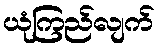
ယုံကြည်လျက်